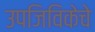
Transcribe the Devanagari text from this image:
उपजिविकेचे